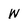
Character: W